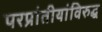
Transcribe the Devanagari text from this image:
परप्रांतीयांविरुद्ध